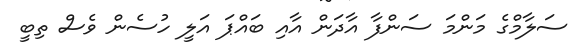
ސަލާމްގެ މަންމަ ސަންފާ އާދަން އާއި ބައްޕަ އަލީ ހުސެން ވެސް ތިބީ